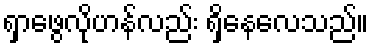
ရှာဖွေလိုဟန်လည်း ရှိနေလေသည်။